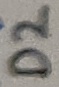
Text: D2